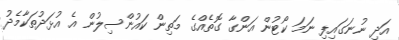
އަދި ނުނަގައިފި ނަމަ ކޯޓުން އަންގާ ގޮތެއްގެ މަތިން ކައުންސިލުން އެ އުޅަދުތަކާމެދު